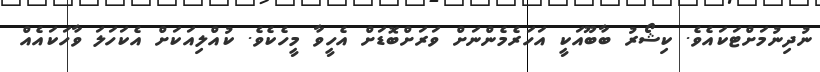
ނުދިނުމަށްޓަކައެވެ. ކިޝޯރު ބާބޫއަކީ އަހަރެމެންނަށް ވަރަށްބޮޑަށް އެހީވާ މީހެކެވެ. ކުއްލިއަކަށް އެކަހަލަ ވާހަކައެއް